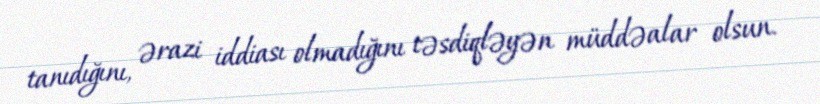
tanıdığını, ərazi iddiası olmadığını təsdiqləyən müddəalar olsun.